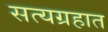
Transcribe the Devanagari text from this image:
सत्यग्रहात